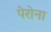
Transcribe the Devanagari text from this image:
पेरोना